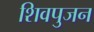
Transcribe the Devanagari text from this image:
शिवपुजन